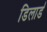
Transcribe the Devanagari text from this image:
डिलार्ड